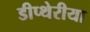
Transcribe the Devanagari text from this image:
डीप्थेरीया